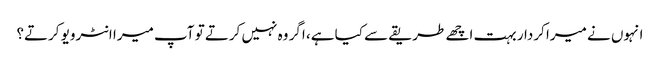
انہوں نے میرا کردار بہت اچھے طریقے سے کیا ہے، اگر وہ نہیں کرتے تو آپ میرا انٹرویو کرتے؟